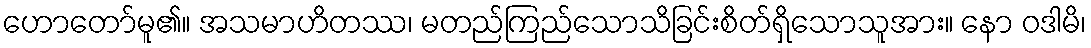
ဟောတော်မူ၏။ အသမာဟိတဿ၊ မတည်ကြည်သောသိခြင်းစိတ်ရှိသောသူအား။ နော ဝဒါမိ၊